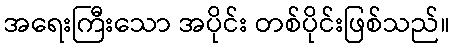
အရေးကြီးသော အပိုင်း တစ်ပိုင်းဖြစ်သည်။